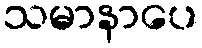
သမာနာပေ